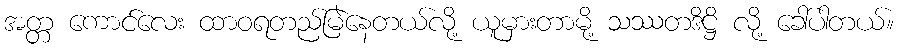
အတ္တ ကောင်လေး ထာဝရတည်မြဲနေတယ်လို့ ယူမှားတာမို့ သဿတဒိဋ္ဌိ လို့ ခေါ်ပါတယ်။